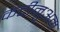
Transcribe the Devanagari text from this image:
कंटीनुअम